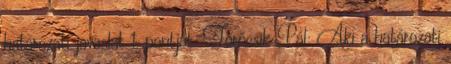
határozati javaslat 1. pontját. Törőcsik Pál: Aki a határozati